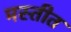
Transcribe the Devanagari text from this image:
मस्तीत